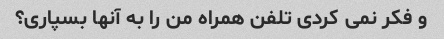
و فکر نمی کردی تلفن همراه من را به آنها بسپاری؟